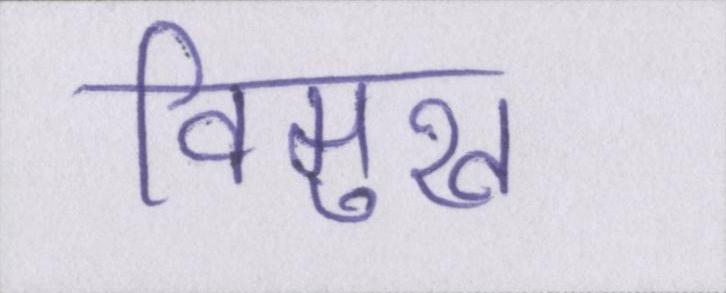
विमुख